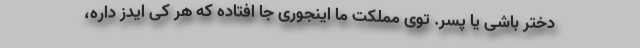
دختر باشی یا پسر. توی مملکت ما اینجوری جا افتاده که هر کی ایدز داره،